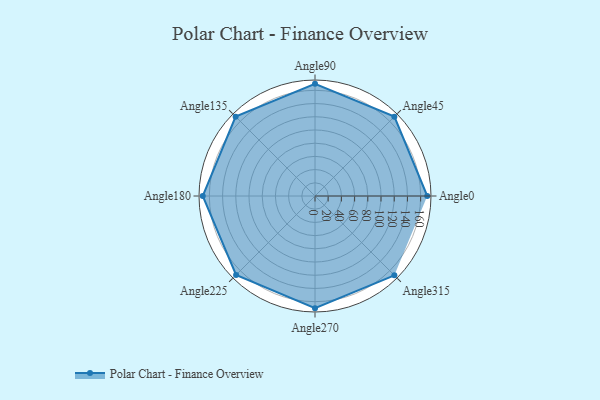
{"axis": {"x": "Angle", "y": "Radius"}, "legend": [""], "data": [{"x": "Angle0", "y": 170.0, "type": ""}, {"x": "Angle45", "y": 170, "type": ""}, {"x": "Angle90", "y": 170, "type": ""}, {"x": "Angle135", "y": 170, "type": ""}, {"x": "Angle180", "y": 170, "type": ""}, {"x": "Angle225", "y": 169.0, "type": ""}, {"x": "Angle270", "y": 170, "type": ""}, {"x": "Angle315", "y": 170, "type": ""}]}